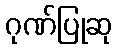
ဂုဏ်ပြုဆု